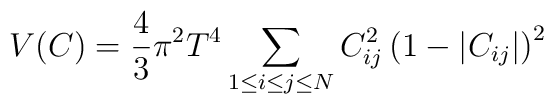
V(C)={4\over 3}\pi^2 T^4\sum_{1\le i\le j\le N} C_{ij}^2\left(1-\vert C_{ij}\vert\right)^2